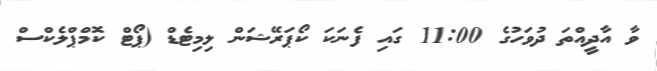
ވާ އާދީއްތަ ދުވަހުގެ 11:00 ގައި ފެނަކަ ކޯޕަރޭޝަން ލިމިޓެޑް (ޕޯޓް ކޮމްޕްލެކްސް